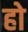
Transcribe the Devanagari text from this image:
हो